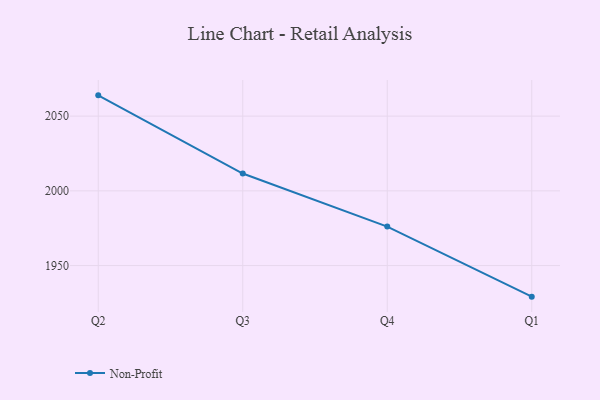
{"axis": {"x": "Quarter", "y": "Shipments"}, "legend": ["Non-Profit"], "data": [{"x": "Q2", "y": 2063.9, "type": "Non-Profit"}, {"x": "Q3", "y": 2011.6, "type": "Non-Profit"}, {"x": "Q4", "y": 1976.1, "type": "Non-Profit"}, {"x": "Q1", "y": 1929.2, "type": "Non-Profit"}]}